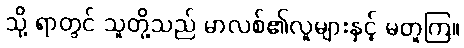
သို့ ရာတွင် သူတို့သည် မာလစ်၏လူများနှင့် မတူကြ။